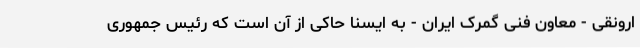
ارونقی - معاون فنی گمرک ایران - به ایسنا حاکی از آن است که رئیس جمهوری